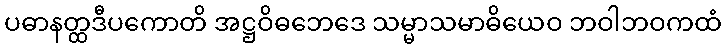
ပဓာနတ္ထဒီပကောတိ အဋ္ဌဝိဓဘေဒေ သမ္မာသမာဓိယေဝ ဘဝါဘဝကထံ